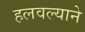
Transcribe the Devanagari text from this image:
हलवल्याने